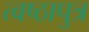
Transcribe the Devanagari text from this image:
त्वष्ठापुत्र